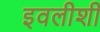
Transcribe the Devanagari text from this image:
इवलीशी